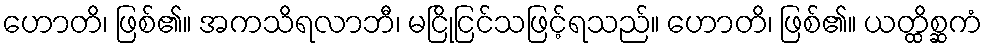
ဟောတိ၊ ဖြစ်၏။ အကသိရလာဘီ၊ မငြိုငြင်သဖြင့်ရသည်။ ဟောတိ၊ ဖြစ်၏။ ယတ္ထိစ္ဆကံ